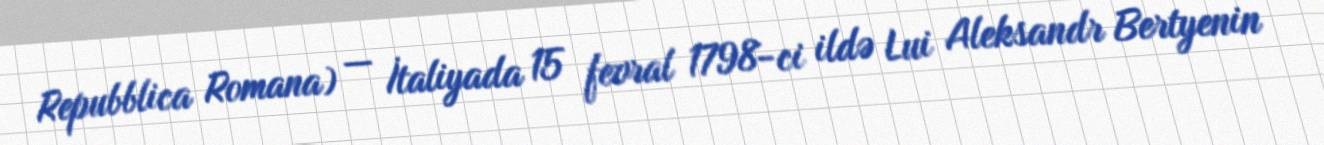
Repubblica Romana) — İtaliyada 15 fevral 1798-ci ildə Lui Aleksandr Bertyenin